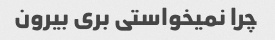
چرا نمیخواستی بری بیرون